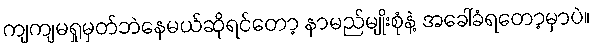
ကျကျမရှုမှတ်ဘဲနေမယ်ဆိုရင်တော့ နာမည်မျိုးစုံနဲ့ အခေါ်ခံရတော့မှာပဲ။